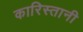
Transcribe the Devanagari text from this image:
कारिस्तानी